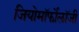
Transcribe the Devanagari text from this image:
जियोमॉर्फोलॉजी